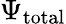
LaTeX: \Psi_{\mathrm{total}}